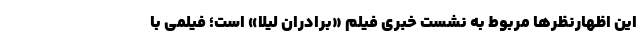
این اظهارنظرها مربوط به نشست خبری فیلم «برادران لیلا» است؛ فیلمی با